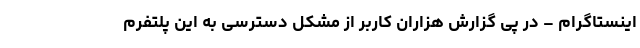
اینستاگرام – در پی گزارش هزاران کاربر از مشکل دسترسی به این پلتفرم